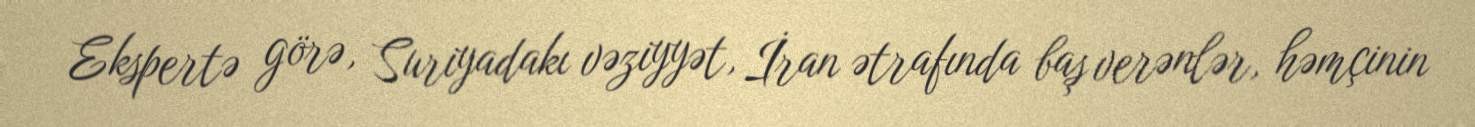
Ekspertə görə, Suriyadakı vəziyyət, İran ətrafında baş verənlər, həmçinin